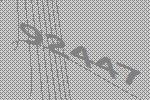
92447